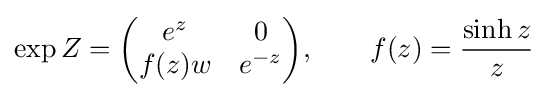
\exp Z={\begin{pmatrix}e^{z}&0\\f(z)w&e^{-z}\end{pmatrix}},\qquad f(z)={\sinh z \over z}